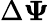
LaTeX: \Delta\mathbf{\Psi}